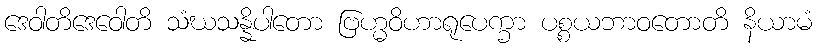
ဒေဝါတိဒေဝေါတိ သံဃသန္နိပါတော ဗြဟ္မဝိဟာရုပေက္ခာ ပစ္စယဘာဝတောတိ နိယာမံ